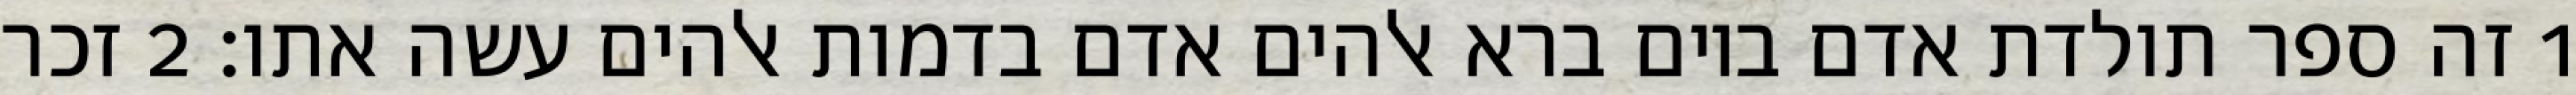
1 זה ספר תולדת אדם ביום ברא אלהים אדם בדמות אלהים עשה אתו׃ ‎2‏ זכר